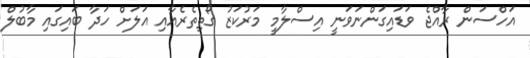
އަހްސަން ރާއްޖެ ވަޑައިގަންނަވަނީ އިސްލާމީ މަރުކަޒު ގޯތިތެރެއާއި އަލަށް ހަދާ ބައިގައި މާބުލް